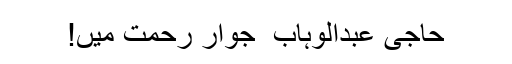
حاجی عبدالوہاب ؒ جوارِ رحمت میں!